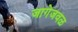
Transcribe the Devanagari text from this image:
जागेजवळ